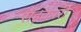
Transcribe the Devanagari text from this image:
सह़कारी